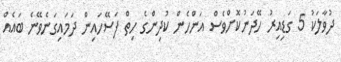
ދުވާލަކު 5 ގަޑިއިރު ހޭދަނުކޮށްވެސް އަންހެން ކުދިންގެ ހިތް ފަސޭހައިން ދަމައިގަނެވޭނެ ބައެއް